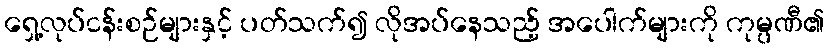
ရှေ့လုပ်ငန်းစဉ်များနှင့် ပတ်သက်၍ လိုအပ်နေသည့် အပေါက်များကို ကုမ္ပဏီ၏